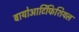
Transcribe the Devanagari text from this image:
बायोआर्टिफिशियल